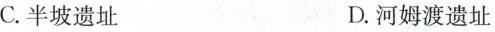
C.半坡遗址 D.河姆渡遗址